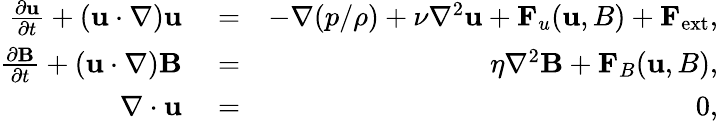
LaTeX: \begin{array}{rlr}{\frac{\partial{\mathbf u}}{\partial t}+({\mathbf u}\cdot\nabla){\mathbf u}}&{{}=}&{-\nabla({p}/{\rho})+\nu\nabla^{2}{\mathbf u}+{\mathbf F}_{u}({\mathbf u,B})+{\mathbf F}_{\mathrm{ext}},}\\ {\frac{\partial{\mathbf B}}{\partial t}+({\mathbf u}\cdot\nabla){{\mathbf B}}}&{{}=}&{\eta\nabla^{2}{{\mathbf B}}+{\mathbf F}_{B}({\mathbf u,B}),}\\ {\nabla\cdot{\mathbf u}}&{{}=}&{0,}\end{array}